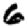
Digit: 6